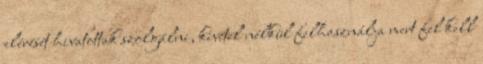
elérését hivatottak szolgálni, kivétel nélkül felhasználja mert fel kell